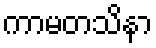
ကာမတသိနာ